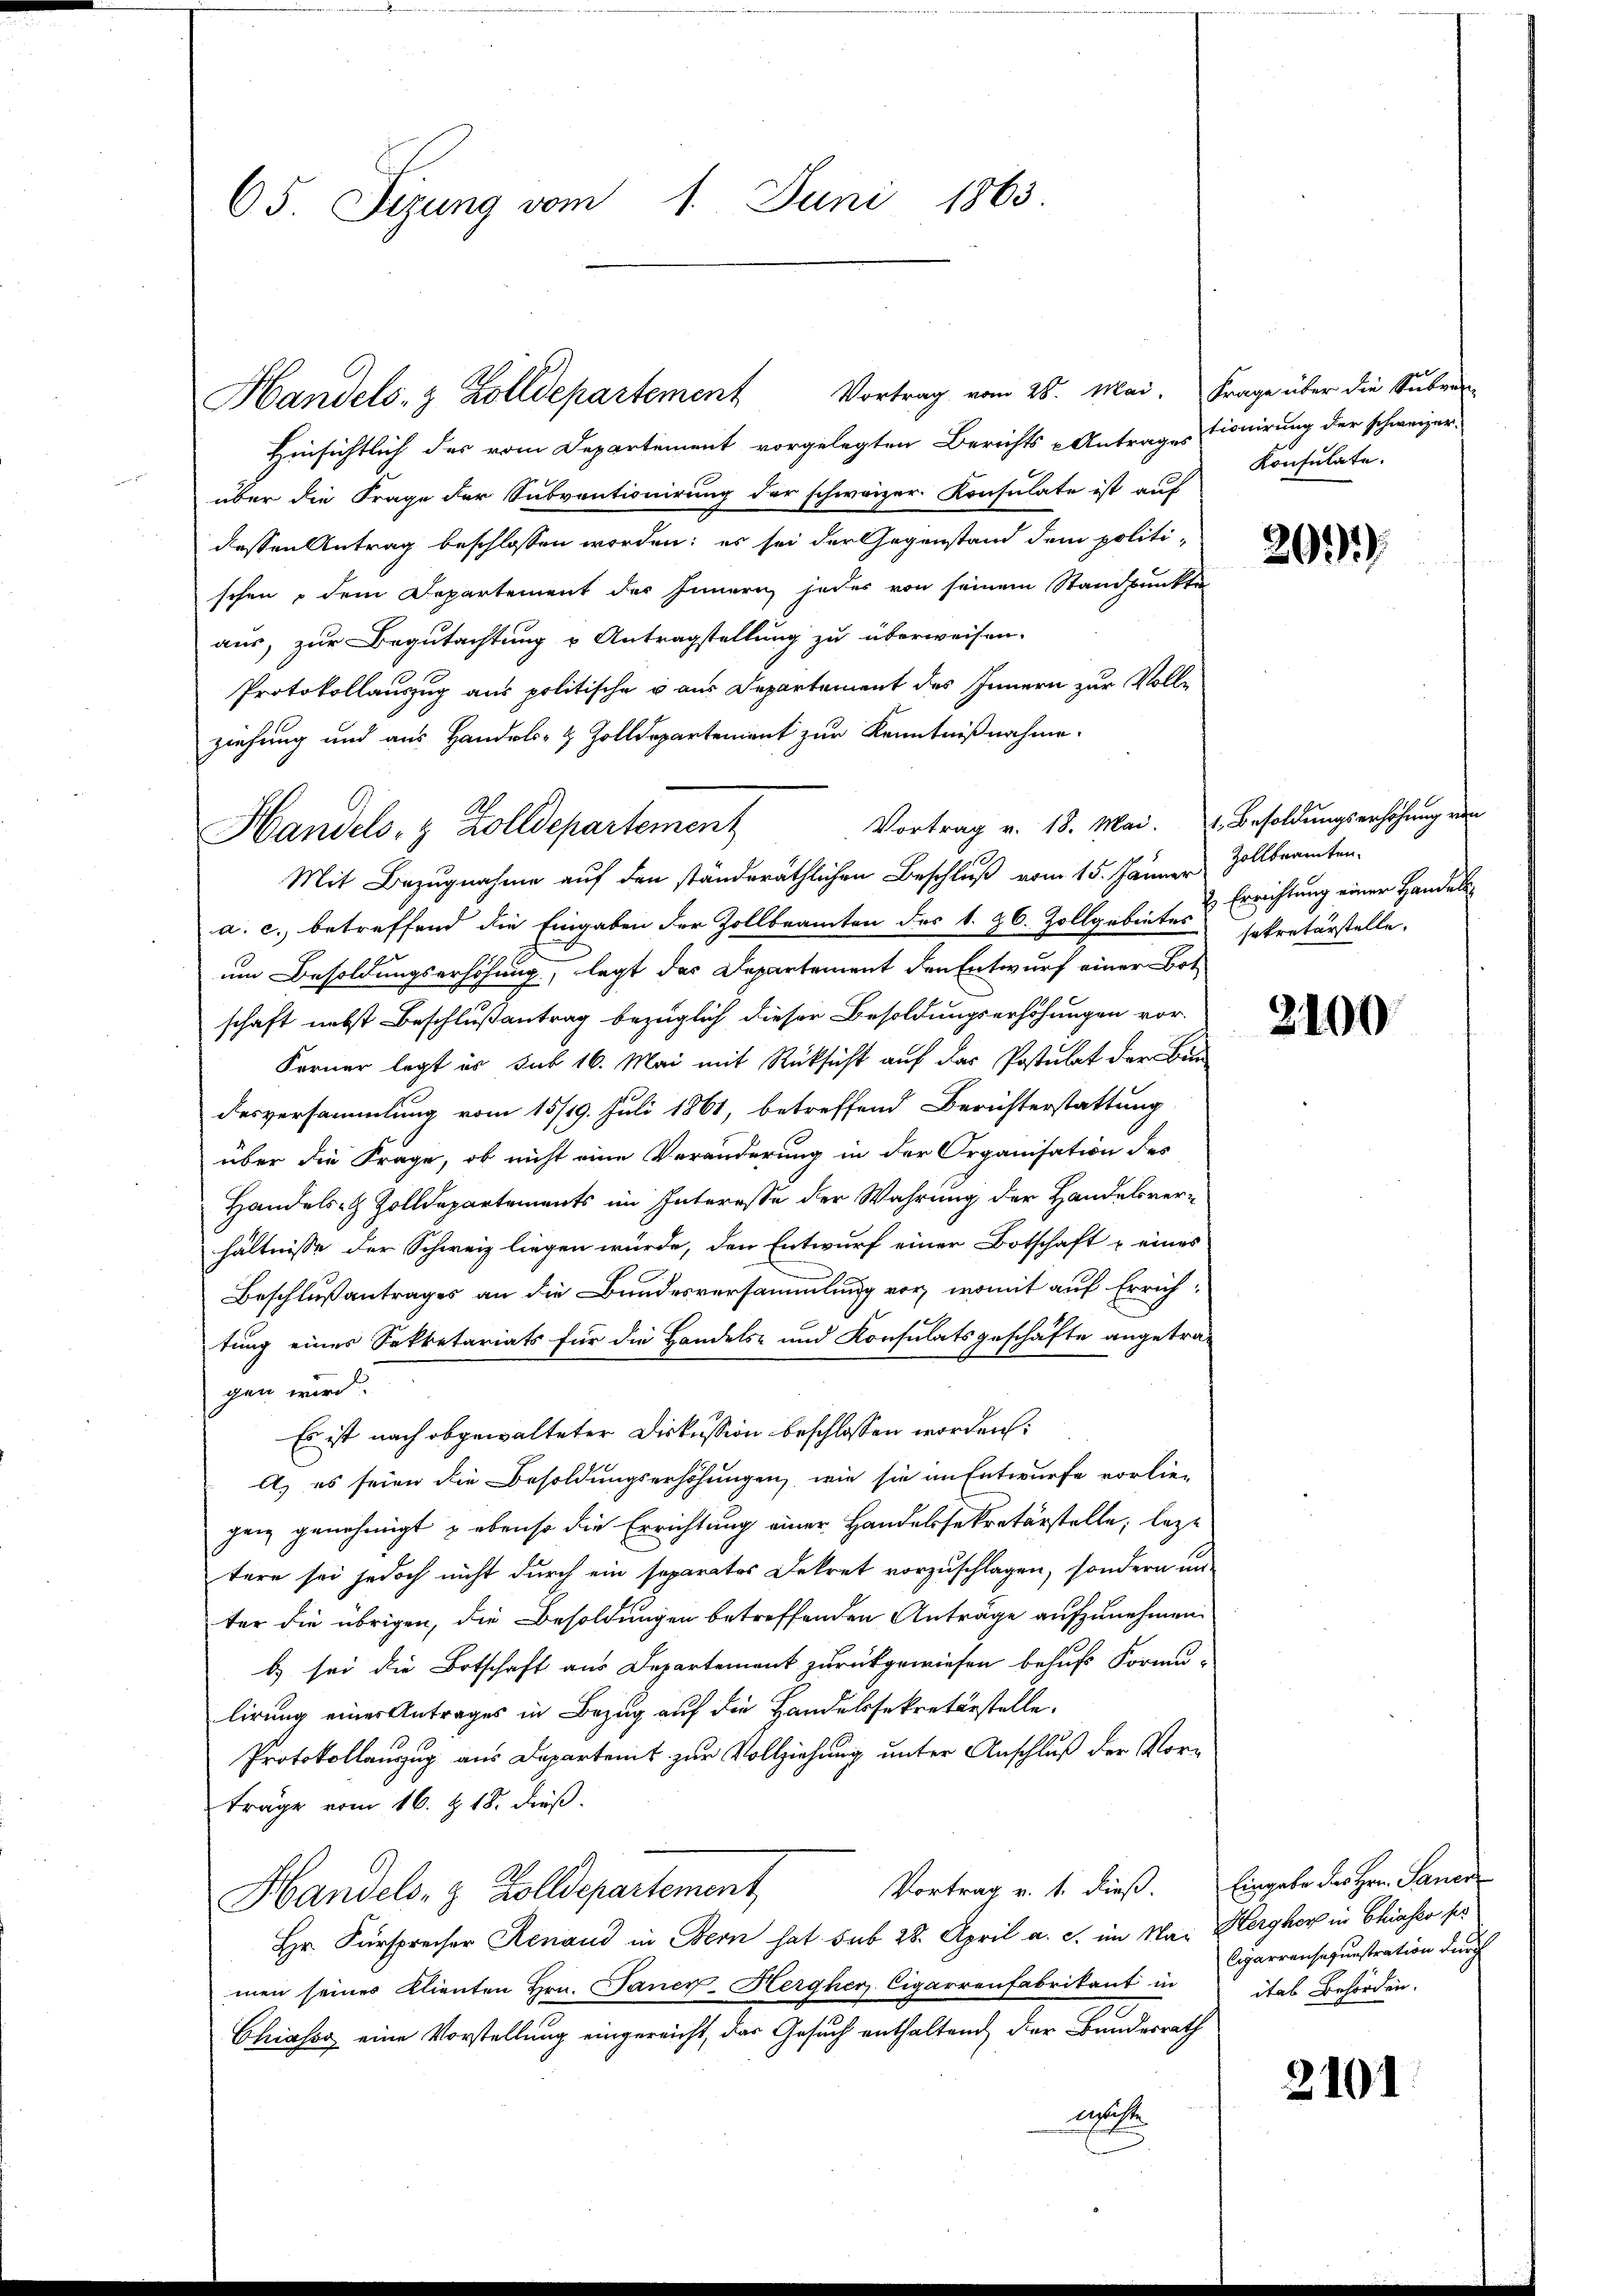
65. Sizung vom 1. Juni 1863.

Handels- & Zolldepartement Vortrag vom 28. Mai. Frage über die Subve

Handels- & Zolldepartement

Hinsichtlich der vom Departement vorgelegten Berichts Antrages tionirung der schweizer-
über die Frage der Subventionirung der schweizer. Konsulate ist auf
dessen Antrag beschlossen worden; es sei der Gegenstand dem politi-
schen dem Departement des Innern jedes von seinem Standpunkte
aus, zur Begutachtung u Antragstellung zu überweisen.
Protokollauszug aus politische u aus Departement des Innern zur Vollziehung und aus Handels- & Zolldepartement zur Kenntnißnahme.
Vortrag v. 18. Mai. 1. Besoldungserhöhung von
Mit Bezugnahme auf den ständeräthlichen Beschluß vom 15. Jänner Zollbeamten-
a. c. betreffend die Eingaben der Zollbeamten des 1. 26. Zollgebietes sekretärstelle.
um Besoldungserhöhung, legt des Departement den Entwurf einer Bot
schaft nebst Beschlußantrag bezüglich dieser Besoldungserhöhungen vor-
Ferner legt es sub 16. Mai mit Rücksicht auf das Postulat der Bun
desversammlung vom 15/19. Juli 1861, betreffend Berichterstattung
über die Frage, ob nicht eine Veränderung in der Organisation des
Handels Zolldepartements im Interesse der Wahrung der Handelsverhältnisse der Schweiz liegen würde, den Entwurf einer Botschaft u eines
Beschlußantrages an die Bundesversammlung vor, womit auf Errichtung eines Sekretariats für die Handels- und Konsulatsgeschäfte angetra-
gen wird.
Es ist nach abgewalteter Diskussion beschlossen worden:
A, es seien die Besoldungserhöhungen, wie sie im Entwurfe vorlie-
genz genehmigt & ebenso die Errichtung einer Handelssekretärstelle; leztere sei jedoch nicht durch ein separatos Dekret vorzuschlagen, sondern un
ter die übrigen, die Besoldungen betreffenden Anträge aufzunehmen.
b) sei die Botschaft aus Departement zurückgewiesen behufs Formulirung einer Antrages in Bezug auf die Handelssekretärstelle.
Protokollanzug aus Departamt zur Vollziehung unter Anschluß der Vorträge vom 16. Z. 18. dieß.
Vortrag v. 1. dieß. Eingabe des Hrn. Sanen
Handels- & Zolldepartement
Hr. Fürsprecher Renaud in Bern hat sub 28. April a. c. im Mai Hergherz in Chiasso per
men seines Klienten Hrn. Janer-Hergherz, Cigarrenfabrikant in
Chiasso eine Vorstellung eingereicht, das Gesuch enthaltend der Bundesrath
welche

Konsulate.

209.

Errichtung einer Handels

2100

Cigarrensequestration durch
ital Behörden.

2101